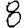
Digit: 8